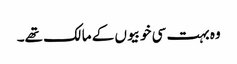
وہ بہت سی خوبیوں کے مالک تھے۔